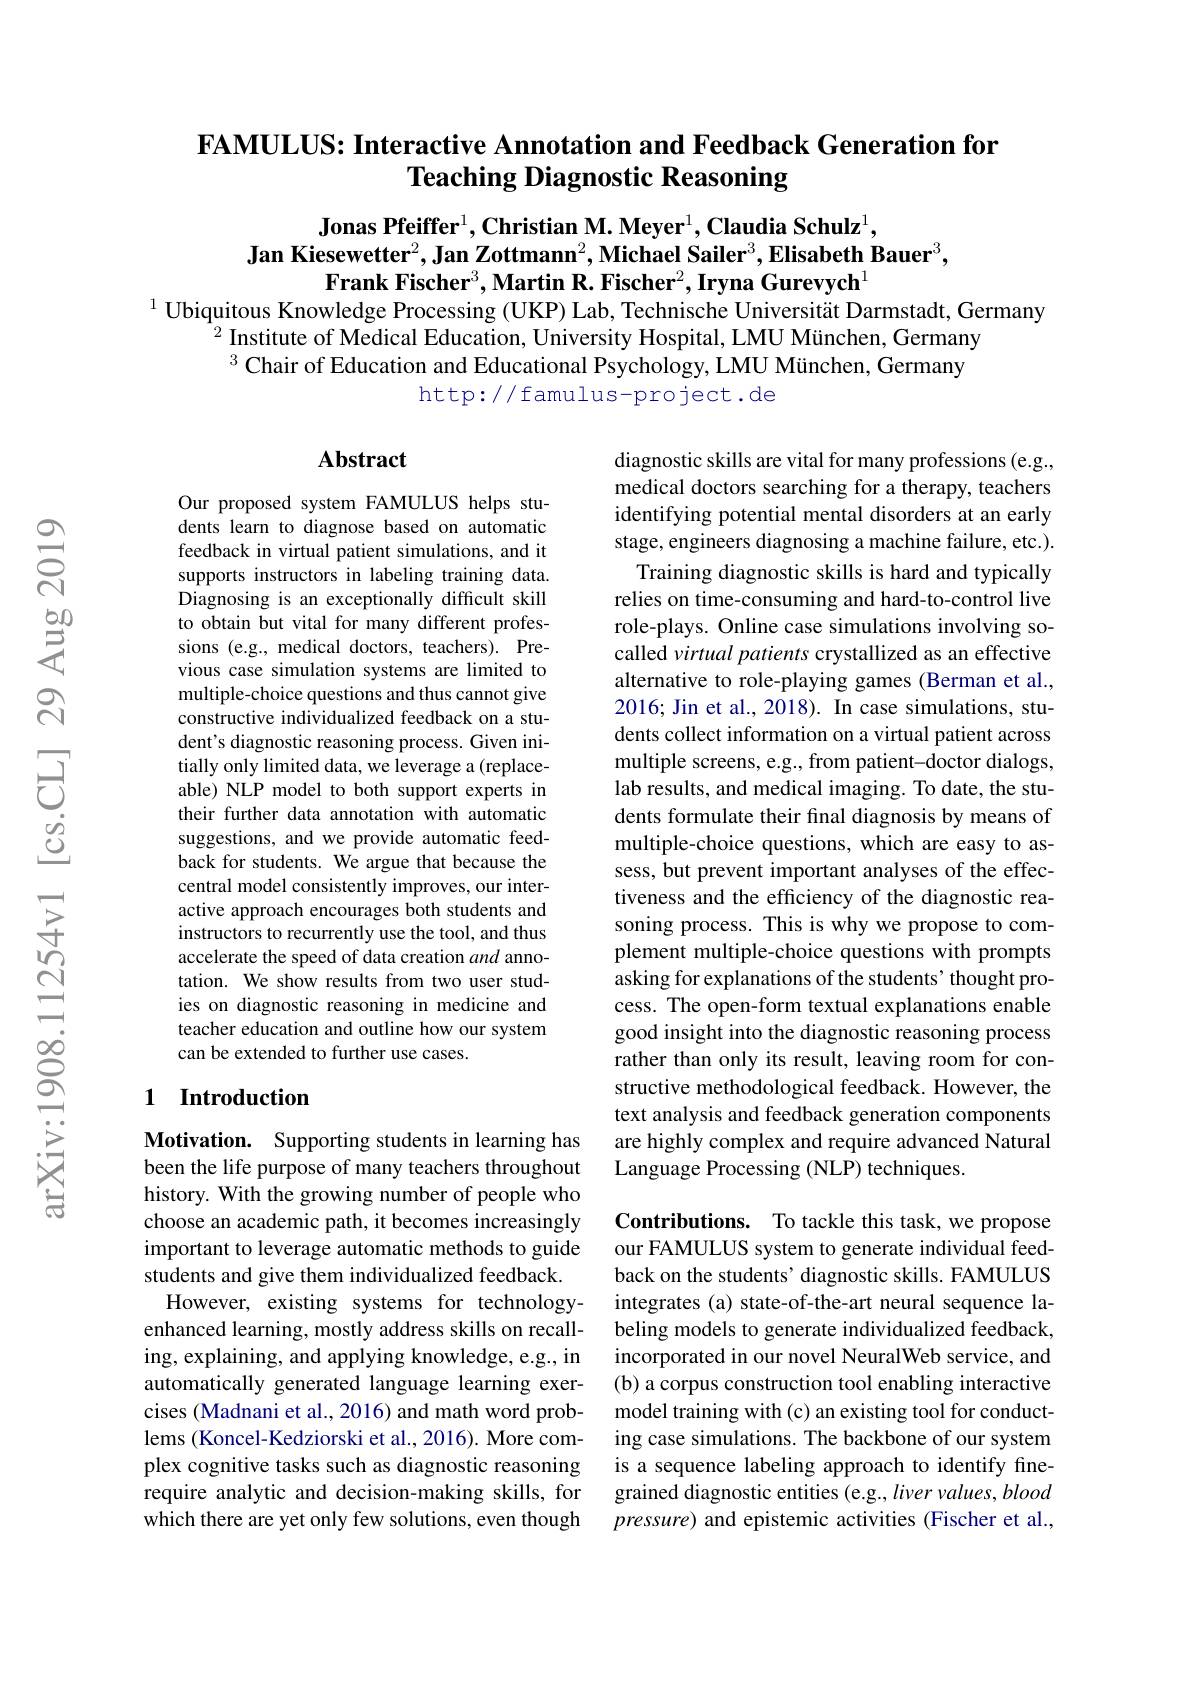
### FAMULUS: Interactive Annotation and Feedback Generation for Teaching Diagnostic Reasoning

Jonas Pfeiffer$^1,\textbf{Christian M. Meyer}^1,\textbf{Claudia Schulz}^1$,
Jan Kiesewetter$^2,\textbf{Jan Zottmann}^2$,Michael Sailer$^3,\textbf{Elisabeth Bauer}^3$,
Frank Fischer$^3,\textbf{Martin R. Fischer}^2,\textbf{Iryna Gurevych}^1$
$^{1}$ Ubiquitous Knowledge Processing (UKP) Lab, Technische Universität Darmstadt, Germany

$^{2}$Institute of Medical Education, University Hospital, LMU München, Germany $^{3}$ Chair of Education and Educational Psychology, LMU München, Germany
http://famulus-project.de

## Abstract

Our proposed system FAMULUS helps students learn to diagnose based on automatic feedback in virtual patient simulations, and it supports instructors in labeling training data. Diagnosing is an exceptionally difficult skill to obtain but vital for many different professions (e.g., medical doctors, teachers). Previous case simulation systems are limited to multiple-choice questions and thus cannot give constructive individualized feedback on a student's diagnostic reasoning process. Given initially only limited data, we leverage a (replaceable) NLP model to both support experts in their further data annotation with automatic suggestions, and we provide automatic feedback for students. We argue that because the central model consistently improves, our interactive approach encourages both students and instructors to recurrently use the tool, and thus accelerate the speed of data creation and annotation. We show results from two user studies on diagnostic reasoning in medicine and teacher education and outline how our system can be extended to further use cases.

diagnostic skills are vital for many professions (e.g., medical doctors searching for a therapy, teachers identifying potential mental disorders at an early stage, engineers diagnosing a machine failure, etc.)
Training diagnostic skills is hard and typically relies on time-consuming and hard-to-control live role-plays. Online case simulations involving socalled virtual patients crystallized as an effective alternative to role-playing games (Berman et al., 2016; Jin et al., 2018). In case simulations, students collect information on a virtual patient across multiple screens, e.g., from patient-doctor dialogs, lab results, and medical imaging. To date, the students formulate their final diagnosis by means of multiple-choice questions, which are easy to assess, but prevent important analyses of the effectiveness and the efficiency of the diagnostic reasoning process. This is why we propose to complement multiple-choice questions with prompts asking for explanations of the students' thought process. The open-form textual explanations enable good insight into the diagnostic reasoning process rather than only its result, leaving room for constructive methodological feedback. However, the text analysis and feedback generation components are highly complex and require advanced Natural Language Processing (NLP) techniques.

## 1 Introduction

Motivation. Supporting students in learning has been the life purpose of many teachers throughout history. With the growing number of people who choose an academic path, it becomes increasingly important to leverage automatic methods to guide students and give them individualized feedback. However, existing systems for technologyenhanced learning, mostly address skills on recalling, explaining, and applying knowledge, e.g., in automatically generated language learning exercises (Madnani et al., 2016) and math word problems (Koncel-Kedziorski et al., 2016). More complex cognitive tasks such as diagnostic reasoning require analytic and decision-making skills, for which there are yet only few solutions, even though

Contributions. To tackle this task, we propose our FAMULUS system to generate individual feedback on the students' diagnostic skills. FAMULUS integrates (a) state-of-the-art neural sequence labeling models to generate individualized feedback, incorporated in our novel NeuralWeb service, and (b) a corpus construction tool enabling interactive model training with (c) an existing tool for conducting case simulations. The backbone of our system is a sequence labeling approach to identify finegrained diagnostic entities (e.g., liver values, blood pressure) and epistemic activities (Fischer et al.,